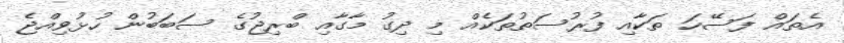
އެތައް ފަސޭހަ ތަކާއި ފުރުސަތުތަކެއް މި ދިގު މާގާއި ބްރިޖުގެ ސަބަބުން ހުޅުވިއްޖެ